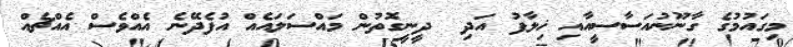
މިގައުމުގެ ގާނޫނުއަސާސީއާއި ޚިލާފު އަދި  ދީނީގޮތުން މައްސަލައެއް އުފެދޭނެ އެއްވެސް އެއްޗެއް